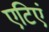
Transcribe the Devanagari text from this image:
एटिएं